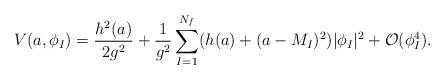
LaTeX: \begin{align*}V(a,\phi_I)=\frac{h^2(a)}{2g^2} +\frac{1}{g^2}\sum_{I=1}^{N_f}(h(a)+(a-M_I)^2)|\phi_I|^2 +{\cal O}(\phi_I^4).\end{align*}